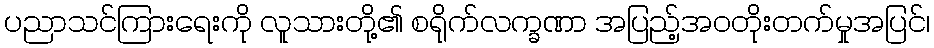
ပညာသင်ကြားရေးကို လူသားတို့၏ စရိုက်လက္ခဏာ အပြည့်အဝတိုးတက်မှုအပြင်၊